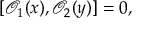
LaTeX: [ \mathcal { O } _ { 1 } ( { x } ) , \mathcal { O } _ { 2 } ( { y } ) ] = 0 ,